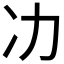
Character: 𭂇